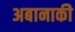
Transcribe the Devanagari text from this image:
अबानाकी